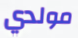
مولدي